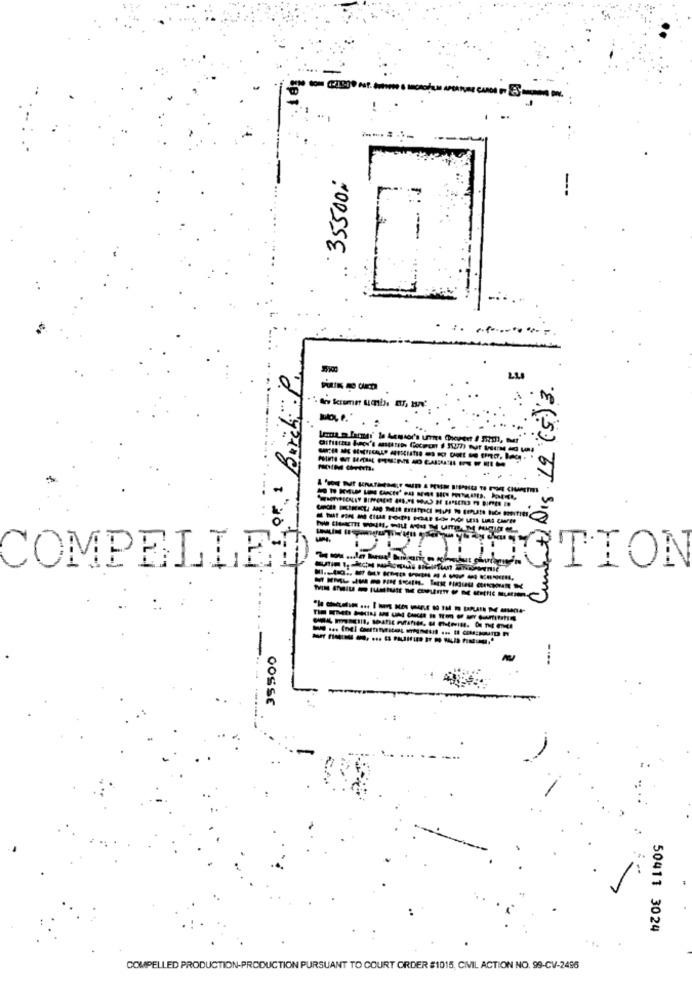
35500%
::--
LL
Current Dig 19 (5) 3.
---
COMPELLED
TION
------------
OOSSE
50411 3024
COMPELLED PRODUCTION-PRODUCTION PURSUANT TO COURT ORDER #1015, CIVIL ACTION NO. 99-CV-2496